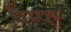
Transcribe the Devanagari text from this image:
पैम्पर